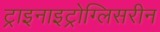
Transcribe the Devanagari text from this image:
ट्राइनाइट्रोग्लिसरीन